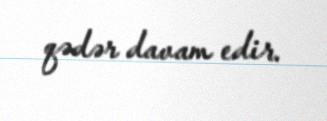
qədər davam edir.